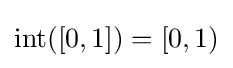
\operatorname {int} ([0,1])=[0,1)